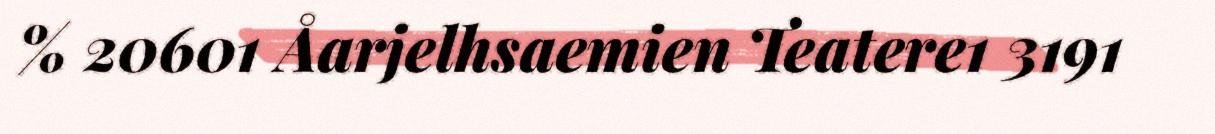
% 20601 Åarjelhsaemien Teatere1 3191